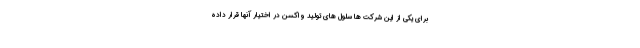
برای یکی از این شرکت ها سلول های تولید واکسن در اختیار آنها قرار داده